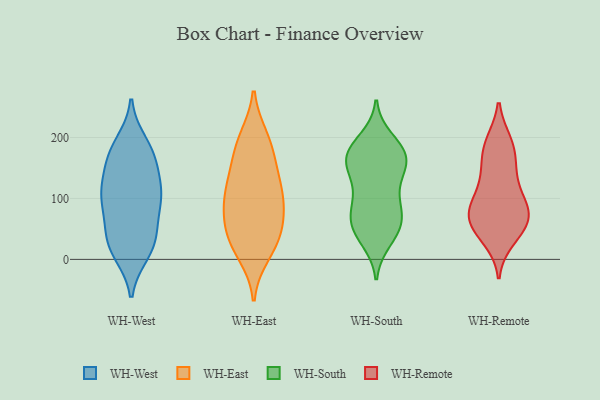
{"axis": {"x": "Shipments", "y": "Value"}, "legend": ["WH-East", "WH-Remote", "WH-South", "WH-West"], "data": [{"x": "", "y": 161, "type": "WH-West"}, {"x": "", "y": 160, "type": "WH-West"}, {"x": "", "y": 11, "type": "WH-West"}, {"x": "", "y": 102, "type": "WH-West"}, {"x": "", "y": 190, "type": "WH-West"}, {"x": "", "y": 20, "type": "WH-West"}, {"x": "", "y": 100, "type": "WH-West"}, {"x": "", "y": 38, "type": "WH-West"}, {"x": "", "y": 42, "type": "WH-West"}, {"x": "", "y": 180, "type": "WH-West"}, {"x": "", "y": 169, "type": "WH-West"}, {"x": "", "y": 93, "type": "WH-West"}, {"x": "", "y": 113, "type": "WH-West"}, {"x": "", "y": 55, "type": "WH-West"}, {"x": "", "y": 108, "type": "WH-West"}, {"x": "", "y": 115, "type": "WH-West"}, {"x": "", "y": 16, "type": "WH-West"}, {"x": "", "y": 10, "type": "WH-East"}, {"x": "", "y": 133, "type": "WH-East"}, {"x": "", "y": 178, "type": "WH-East"}, {"x": "", "y": 140, "type": "WH-East"}, {"x": "", "y": 109, "type": "WH-East"}, {"x": "", "y": 190, "type": "WH-East"}, {"x": "", "y": 34, "type": "WH-East"}, {"x": "", "y": 198, "type": "WH-East"}, {"x": "", "y": 103, "type": "WH-East"}, {"x": "", "y": 61, "type": "WH-East"}, {"x": "", "y": 41, "type": "WH-East"}, {"x": "", "y": 27, "type": "WH-East"}, {"x": "", "y": 82, "type": "WH-East"}, {"x": "", "y": 91, "type": "WH-East"}, {"x": "", "y": 179, "type": "WH-South"}, {"x": "", "y": 94, "type": "WH-South"}, {"x": "", "y": 47, "type": "WH-South"}, {"x": "", "y": 65, "type": "WH-South"}, {"x": "", "y": 132, "type": "WH-South"}, {"x": "", "y": 159, "type": "WH-South"}, {"x": "", "y": 98, "type": "WH-South"}, {"x": "", "y": 150, "type": "WH-South"}, {"x": "", "y": 196, "type": "WH-South"}, {"x": "", "y": 174, "type": "WH-South"}, {"x": "", "y": 49, "type": "WH-South"}, {"x": "", "y": 168, "type": "WH-South"}, {"x": "", "y": 74, "type": "WH-South"}, {"x": "", "y": 48, "type": "WH-South"}, {"x": "", "y": 179, "type": "WH-South"}, {"x": "", "y": 32, "type": "WH-South"}, {"x": "", "y": 168, "type": "WH-South"}, {"x": "", "y": 82, "type": "WH-South"}, {"x": "", "y": 141, "type": "WH-South"}, {"x": "", "y": 90, "type": "WH-Remote"}, {"x": "", "y": 55, "type": "WH-Remote"}, {"x": "", "y": 185, "type": "WH-Remote"}, {"x": "", "y": 117, "type": "WH-Remote"}, {"x": "", "y": 87, "type": "WH-Remote"}, {"x": "", "y": 50, "type": "WH-Remote"}, {"x": "", "y": 33, "type": "WH-Remote"}, {"x": "", "y": 129, "type": "WH-Remote"}, {"x": "", "y": 159, "type": "WH-Remote"}, {"x": "", "y": 73, "type": "WH-Remote"}, {"x": "", "y": 71, "type": "WH-Remote"}, {"x": "", "y": 43, "type": "WH-Remote"}, {"x": "", "y": 79, "type": "WH-Remote"}, {"x": "", "y": 192, "type": "WH-Remote"}, {"x": "", "y": 77, "type": "WH-Remote"}, {"x": "", "y": 148, "type": "WH-Remote"}, {"x": "", "y": 190, "type": "WH-Remote"}]}